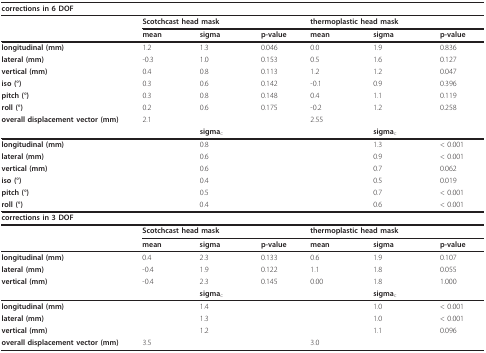
<table><thead><tr><td colspan="2"><b>corrections in 6 DOF</b></td><td></td><td></td><td></td><td></td><td></td></tr></thead><tbody><tr><td></td><td colspan="2"><b>Scotchcast head mask</b></td><td></td><td colspan="2"><b>thermoplastic head mask</b></td><td></td></tr><tr><td></td><td><b>mean</b></td><td><b>sigma</b></td><td><b>p-value</b></td><td><b>mean</b></td><td><b>sigma</b></td><td><b>p-value</b></td></tr><tr><td><b>longitudinal (mm)</b></td><td>1.2</td><td>1.3</td><td>0.046</td><td>0.0</td><td>1.9</td><td>0.836</td></tr><tr><td><b>lateral (mm)</b></td><td>-0.3</td><td>1.0</td><td>0.153</td><td>0.5</td><td>1.6</td><td>0.127</td></tr><tr><td><b>vertical (mm)</b></td><td>0.4</td><td>0.8</td><td>0.113</td><td>1.2</td><td>1.2</td><td>0.047</td></tr><tr><td><b>iso (°)</b></td><td>0.3</td><td>0.6</td><td>0.142</td><td>-0.1</td><td>0.9</td><td>0.396</td></tr><tr><td><b>pitch (°)</b></td><td>0.3</td><td>0.8</td><td>0.148</td><td>0.4</td><td>1.1</td><td>0.119</td></tr><tr><td><b>roll (°)</b></td><td>0.2</td><td>0.6</td><td>0.175</td><td>-0.2</td><td>1.2</td><td>0.258</td></tr><tr><td><b>overall displacement vector (mm)</b></td><td>2.1</td><td></td><td></td><td>2.55</td><td></td><td></td></tr><tr><td></td><td></td><td><b>sigma</b><sub>c</sub></td><td></td><td></td><td><b>sigma</b><sub>c</sub></td><td></td></tr><tr><td><b>longitudinal (mm)</b></td><td></td><td>0.8</td><td></td><td></td><td>1.3</td><td>&lt; 0.001</td></tr><tr><td><b>lateral (mm)</b></td><td></td><td>0.6</td><td></td><td></td><td>0.9</td><td>&lt; 0.001</td></tr><tr><td><b>vertical (mm)</b></td><td></td><td>0.6</td><td></td><td></td><td>0.7</td><td>0.062</td></tr><tr><td><b>iso (°)</b></td><td></td><td>0.4</td><td></td><td></td><td>0.5</td><td>0.019</td></tr><tr><td><b>pitch (°)</b></td><td></td><td>0.5</td><td></td><td></td><td>0.7</td><td>&lt; 0.001</td></tr><tr><td><b>roll (°)</b></td><td></td><td>0.4</td><td></td><td></td><td>0.6</td><td>&lt; 0.001</td></tr><tr><td colspan="2"><b>corrections in 3 DOF</b></td><td></td><td></td><td></td><td></td><td></td></tr><tr><td></td><td colspan="2"><b>Scotchcast head mask</b></td><td></td><td colspan="2"><b>thermoplastic head mask</b></td><td></td></tr><tr><td></td><td><b>mean</b></td><td><b>sigma</b></td><td><b>p-value</b></td><td><b>mean</b></td><td><b>sigma</b></td><td><b>p-value</b></td></tr><tr><td><b>longitudinal (mm)</b></td><td>0.4</td><td>2.3</td><td>0.133</td><td>0.6</td><td>1.9</td><td>0.107</td></tr><tr><td><b>lateral (mm)</b></td><td>-0.4</td><td>1.9</td><td>0.122</td><td>1.1</td><td>1.8</td><td>0.055</td></tr><tr><td><b>vertical (mm)</b></td><td>-0.4</td><td>2.3</td><td>0.145</td><td>0.00</td><td>1.8</td><td>1.000</td></tr><tr><td></td><td></td><td><b>sigma</b><sub>c</sub></td><td></td><td></td><td><b>sigma</b><sub>c</sub></td><td></td></tr><tr><td><b>longitudinal (mm)</b></td><td></td><td>1.4</td><td></td><td></td><td>1.0</td><td>&lt; 0.001</td></tr><tr><td><b>lateral (mm)</b></td><td></td><td>1.3</td><td></td><td></td><td>1.0</td><td>&lt; 0.001</td></tr><tr><td><b>vertical (mm)</b></td><td></td><td>1.2</td><td></td><td></td><td>1.1</td><td>0.096</td></tr><tr><td><b>overall displacement vector (mm)</b></td><td>3.5</td><td></td><td></td><td>3.0</td><td></td><td></td></tr></tbody></table>